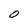
Character: 0